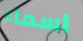
اسماء